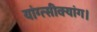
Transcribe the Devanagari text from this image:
यांग्त्सीक्यांग।